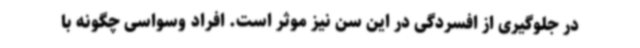
در جلوگیری از افسردگی در این سن نیز موثر است. افراد وسواسی چگونه با